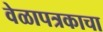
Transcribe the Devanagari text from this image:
वेळापत्रकाचा